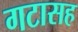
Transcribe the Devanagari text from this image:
गटासह